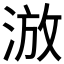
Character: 𣷫